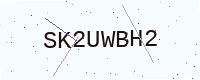
Text: SK2UWBH2